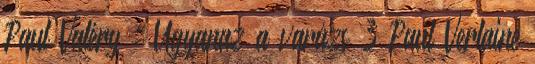
Paul Valéry : Ugyanaz a varázs 3 Paul Verlaine